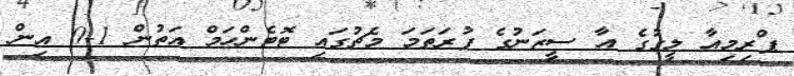
ޕްރިމިއާ ލީގުގެ އާ ސީޒަނުގެ ފުރަތަމަ މެޗުގައި ޓޮޓެންހަމް އަތުން 1-0 އިން